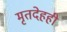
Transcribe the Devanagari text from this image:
मृतदेहही